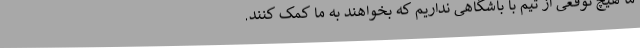
ما هیچ توقعی از تیم با باشگاهی نداریم که بخواهند به ما کمک کنند.